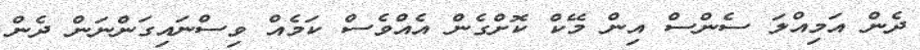
ދެން އަމިއްލަ ސެންސް އިން މޭކް ކޮށްގެން އެއްވެސް ކަމެއް ވިސްނައިގަންނަން ދެން